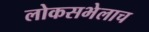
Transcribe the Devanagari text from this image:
लोकसभेलाच